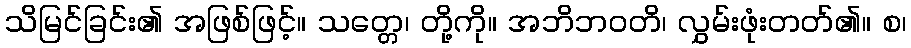
သိမြင်ခြင်း၏ အဖြစ်ဖြင့်။ သတ္တေ၊ တို့ကို။ အဘိဘဝတိ၊ လွှမ်းဖုံးတတ်၏။ စ၊